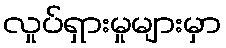
လှုပ်ရှားမှုများမှာ